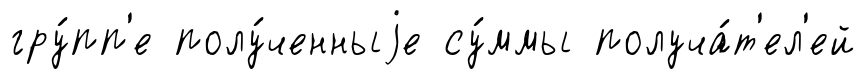
гру́пп'е полу́ченныjе су́ммы получа́т'ел'ей